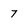
Character: 7